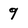
Character: 9